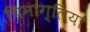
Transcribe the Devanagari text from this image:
चिनाग्लिया